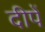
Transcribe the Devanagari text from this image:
दीपें